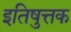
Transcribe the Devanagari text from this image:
इतिषुत्तक